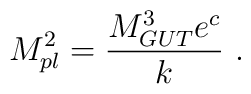
M_{pl}^2 =  {{M_{GUT}^3 e^{c}  }\over\displaystyle k}  ~.~\,